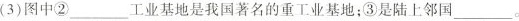
(3)图中②___工业基地是我国著名的重工业基地；③是陆上邻国___。